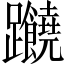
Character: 𲄖